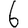
Digit: 6